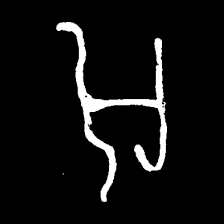
Pyu character \u2014 Myanmar letter: အ (romanized: a)